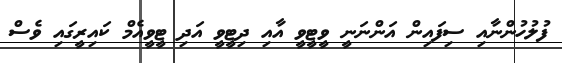
ފުލުހުންނާއި ސިފައިން އަންނަނީ ވީޓީވީ އާއި ދިޓީވީ އަދި ޓީވީއެމް ކައިރީގައި ވެސް